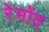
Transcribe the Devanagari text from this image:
रेमोंद